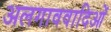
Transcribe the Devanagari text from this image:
अलगाववादिओं